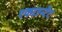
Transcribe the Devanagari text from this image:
एकाउन्टेंट